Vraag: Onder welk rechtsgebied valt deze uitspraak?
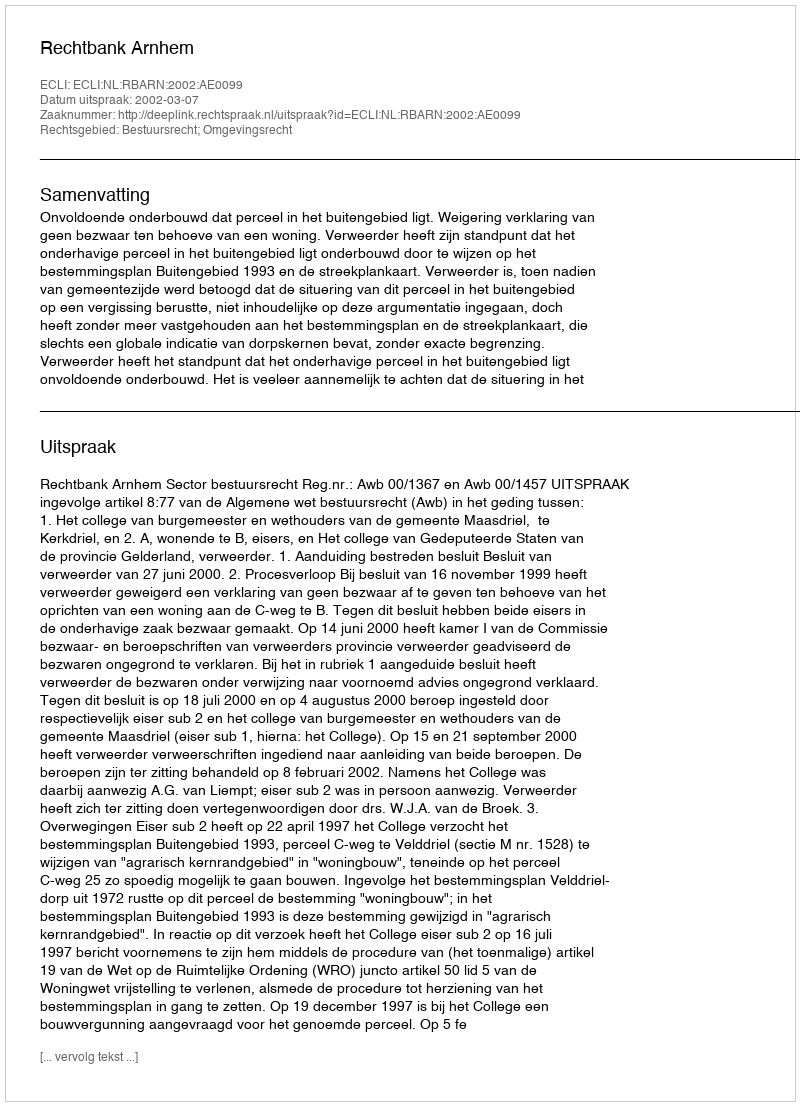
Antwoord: Bestuursrecht; Omgevingsrecht